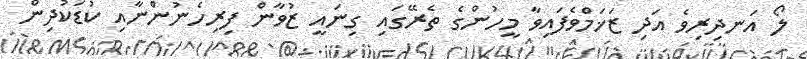
ލޯ އަނދިރިވެ އަދި ޒަޚަމްވެފައިވާ މީހުންގެ ތެރޭގައި ގިނައީ ޒުވާން ފިރިހެނުންނާއި ކުޑަކުދިން